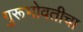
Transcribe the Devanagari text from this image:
गुरूभोवतीचा